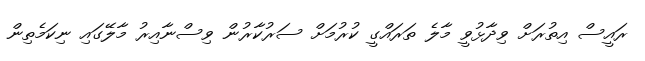
ރައީސް އިތުރަށް ވިދާޅުވީ މާލެ ތަރައްގީ ކުރުމަށް ސަރުކާރުން ވިސްނާއިރު މާލޭގައި ނިކަމެތިން